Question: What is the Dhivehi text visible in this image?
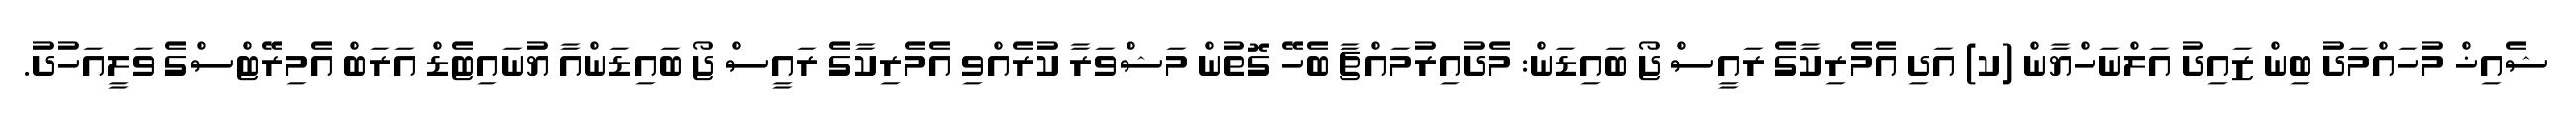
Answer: ޝެއިޚް މުހައްމަދު ބިން ޒައިދު އަލްނަހްޔާން (ކ) އަދި އެމެރިކާގެ ރައީސް ޖޯ ބައިޑަން: މެދުއިރުމައްޗާ ބެހޭ ގޮތުން މަޝްވަރާ ކުރެއްވި އެމެރިކާގެ ރައީސް ޖޯ ބައިޑަންއާ ޔުނައިޓެޑް އަރަބް އެމިރޭޓްސްގެ ވަލީއަހުދު.